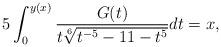
LaTeX: \begin{align*}5\int^{y(x)}_{0}\frac{G(t)}{t\sqrt[6]{t^{-5}-11-t^5}}dt=x,\end{align*}